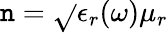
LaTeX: \mathtt{n}=\sqrt{}{{\epsilon_{r}(\omega)\mu_{r}}}